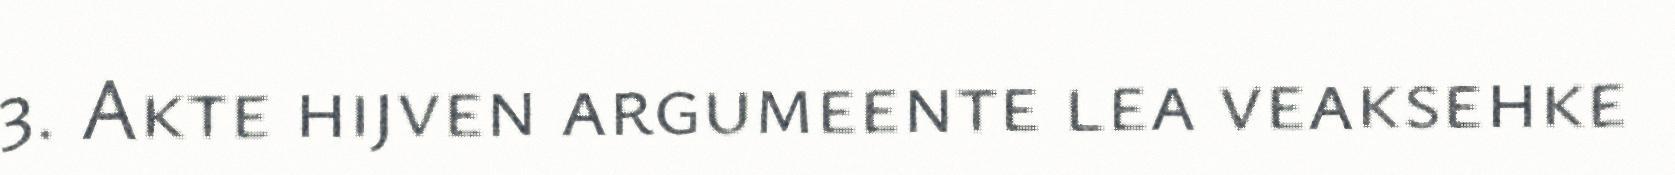
3. Akte hijven argumeente lea veaksehke